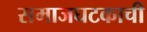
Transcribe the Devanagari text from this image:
समाजघटकाची